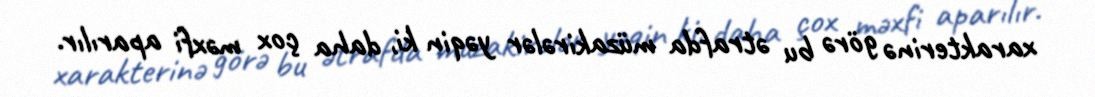
xarakterinə görə bu ətrafda müzakirələr yəqin ki, daha çox məxfi aparılır.